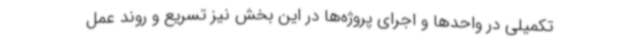
تکمیلی در واحدها و اجرای پروژه‌ها در این بخش نیز تسریع و روند عمل